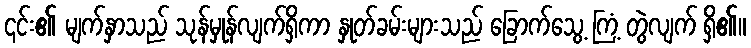
၎င်း၏ မျက်နှာသည် သုန်မှုန်လျက်ရှိကာ နှုတ်ခမ်းများသည် ခြောက်သွေ့ ကြံ့ တွဲလျက် ရှိ၏။